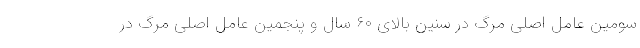
سومین عامل اصلی مرگ در سنین بالای ۶۰ سال و پنجمین عامل اصلی مرگ در